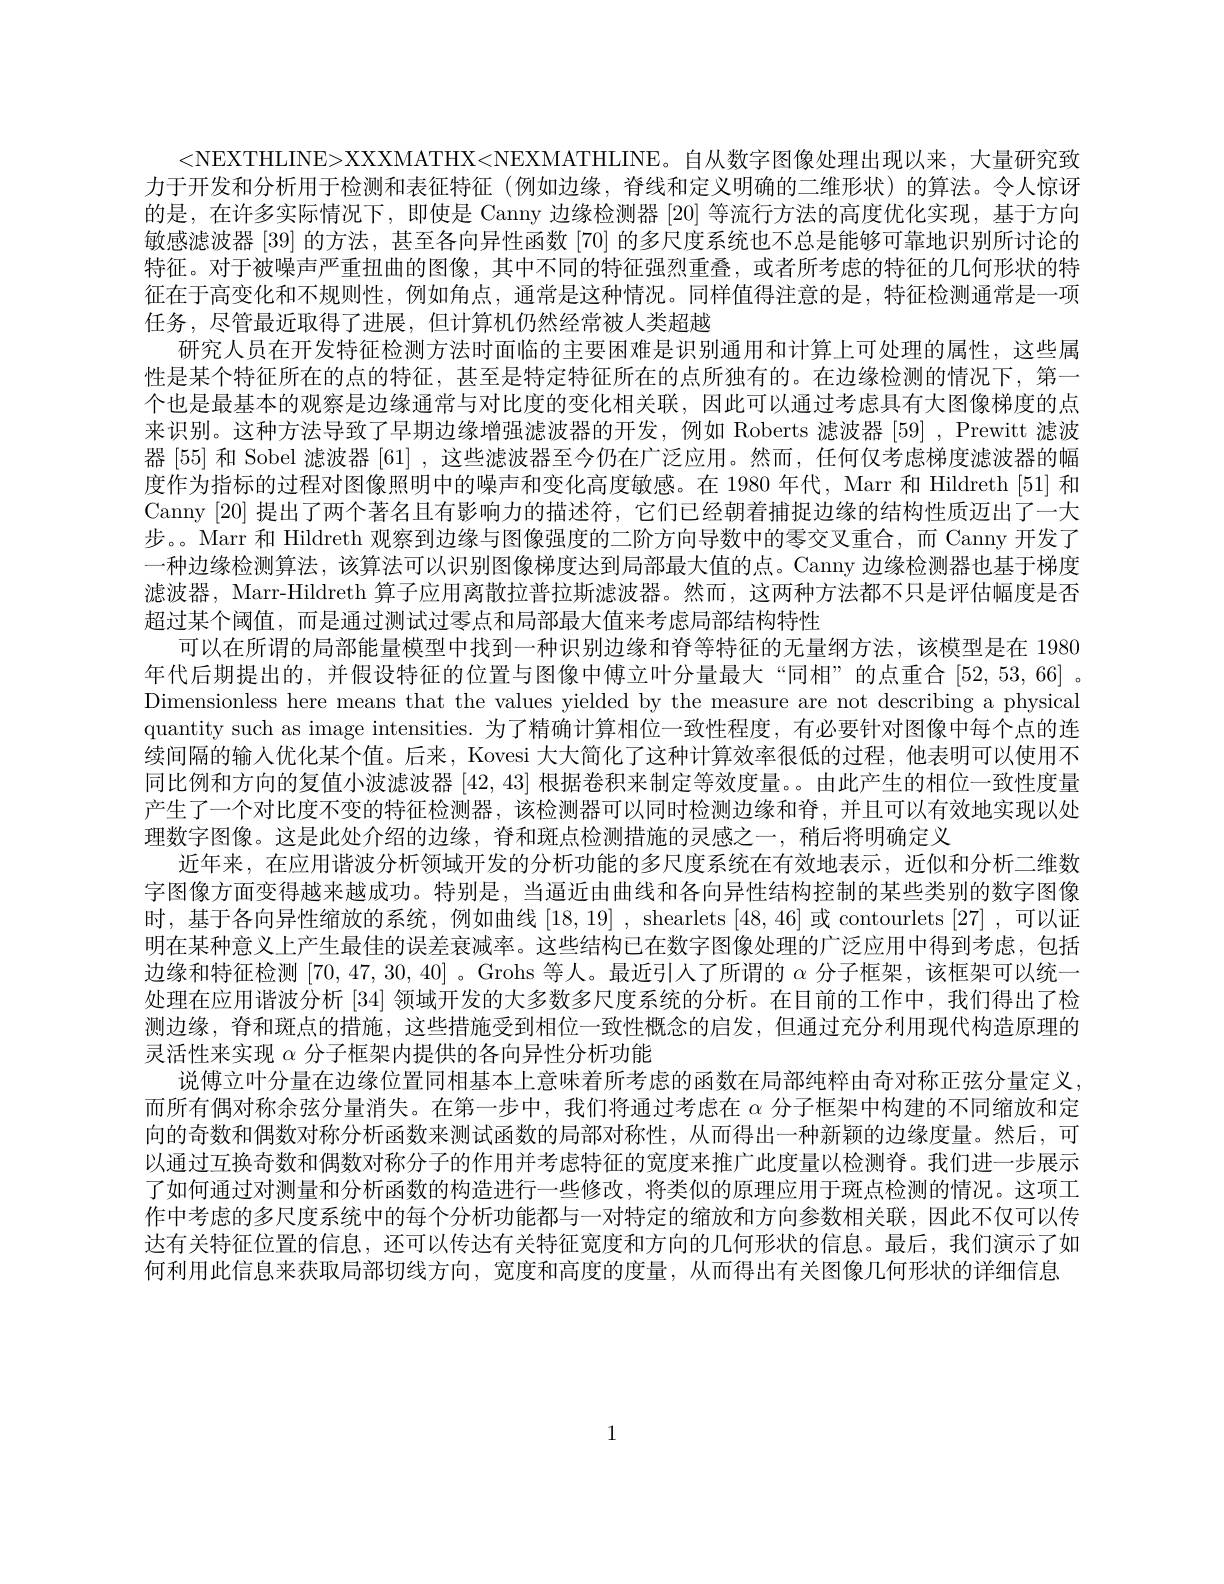
<NEXTHLINE>XXXMATHX<NEXMATHLINE。自从数字图像处理出现以来，大量研究致力于开发和分析用于检测和表征特征(例如边缘，脊线和定义明确的二维形状)的算法。令人惊讶的是，在许多实际情况下，即使是 Canny 边缘检测器 [20] 等流行方法的高度优化实现，基于方向敏感滤波器 [39] 的方法，甚至各向异性函数 [70] 的多尺度系统也不总是能够可靠地识别所讨论的特征。对于被噪声严重扭曲的图像，其中不同的特征强烈重叠，或者所考虑的特征的几何形状的特征在于高变化和不规则性，例如角点，通常是这种情况。同样值得注意的是，特征检测通常是一项任务，尽管最近取得了进展，但计算机仍然经常被人类超越
研究人员在开发特征检测方法时面临的主要困难是识别通用和计算上可处理的属性，这些属性是某个特征所在的点的特征，甚至是特定特征所在的点所独有的。在边缘检测的情况下，第一个也是最基本的观察是边缘通常与对比度的变化相关联，因此可以通过考虑具有大图像梯度的点来识别。这种方法导致了早期边缘增强滤波器的开发，例如 Roberts 滤波器 [59] , Prewitt 滤波器 [55] 和 Sobel 滤波器[61] ,这些滤波器至今仍在广泛应用。然而，任何仅考虑梯度滤波器的幅度作为指标的过程对图像照明中的噪声和变化高度敏感。在 1980 年代，Marr 和 Hildreth [51] 和Canny [20]提出了两个著名且有影响力的描述符，它们已经朝着捕捉边缘的结构性质迈出了一大步。。Marr 和 Hildreth 观察到边缘与图像强度的二阶方向导数中的零交叉重合，而 Canny 开发了一种边缘检测算法，该算法可以识别图像梯度达到局部最大值的点。Canny 边缘检测器也基于梯度滤波器，Marr-Hildreth 算子应用离散拉普拉斯滤波器。然而，这两种方法都不只是评估幅度是否超过某个阈值，而是通过测试过零点和局部最大值来考虑局部结构特性
可以在所谓的局部能量模型中找到一种识别边缘和脊等特征的无量纲方法，该模型是在 1980年代后期提出的，并假设特征的位置与图像中傅立叶分量最大“同相”的点重合[52,53,66] 。Dimensionless here means that the values yielded by the measure are not describing a physical quantity such as image intensities. 为了精确计算相位一致性程度，有必要针对图像中每个点的连续间隔的输入优化某个值。后来，Kovesi 大大简化了这种计算效率很低的过程，他表明可以使用不同比例和方向的复值小波滤波器[42,43]根据卷积来制定等效度量。由此产生的相位一致性度量产生了一个对比度不变的特征检测器，该检测器可以同时检测边缘和脊，并且可以有效地实现以处理数字图像。这是此处介绍的边缘，脊和斑点检测措施的灵感之一，稍后将明确定义
近年来，在应用谐波分析领域开发的分析功能的多尺度系统在有效地表示，近似和分析二维数字图像方面变得越来越成功。特别是，当逼近由曲线和各向异性结构控制的某些类别的数字图像时，基于各向异性缩放的系统，例如曲线[18,19], shearlets [48,46]或 contourlets [27],可以证明在某种意义上产生最佳的误差衰减率。这些结构已在数字图像处理的广泛应用中得到考虑，包括边缘和特征检测[70,47,30,40] 。Grohs 等人。最近引入了所谓的$\alpha$分子框架，该框架可以统一处理在应用谐波分析 [34] 领域开发的大多数多尺度系统的分析。在目前的工作中，我们得出了检测边缘，脊和斑点的措施，这些措施受到相位一致性概念的启发，但通过充分利用现代构造原理的灵活性来实现$\alpha$分子框架内提供的各向异性分析功能
说傅立叶分量在边缘位置同相基本上意味着所考虑的函数在局部纯粹由奇对称正弦分量定义而所有偶对称余弦分量消失。在第一步中，我们将通过考虑在$\alpha$分子框架中构建的不同缩放和定向的奇数和偶数对称分析函数来测试函数的局部对称性，从而得出一种新颖的边缘度量。然后，可以通过互换奇数和偶数对称分子的作用并考虑特征的宽度来推广此度量以检测脊。我们进一步展示了如何通过对测量和分析函数的构造进行一些修改，将类似的原理应用于斑点检测的情况。这项工作中考虑的多尺度系统中的每个分析功能都与一对特定的缩放和方向参数相关联，因此不仅可以传达有关特征位置的信息，还可以传达有关特征宽度和方向的几何形状的信息。最后，我们演示了如何利用此信息来获取局部切线方向，宽度和高度的度量，从而得出有关图像几何形状的详细信息

1